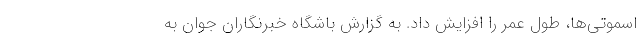
اسموتی‌ها، طول عمر را افزایش داد. به گزارش باشگاه خبرنگاران جوان به